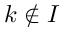
k \notin { I }